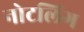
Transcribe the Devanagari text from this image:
नोटलिंग